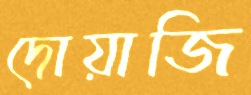
দোয়াজি